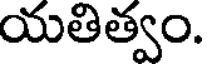
యతిత్వం.